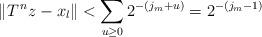
LaTeX: \begin{align*}\|T^{\,n}z-x_{l}\|<\sum_{u\ge 0}2^{-(j_{m}+u)}=2^{-(j_{m}-1)}\end{align*}